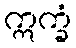
ဣက္ခံ